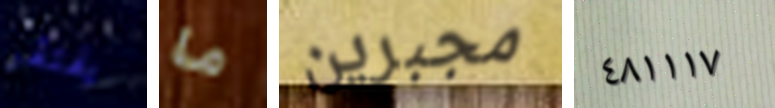
يفتقر ما مجبرين ٤٨١١١٧